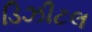
ડિઝીટલ